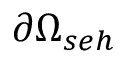
\partial \Omega _ { s e h }